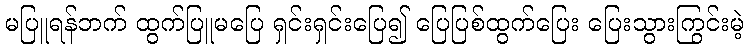
မပြူရန်ဘက် ထွက်ပြူမပြေ ရှင်းရှင်းပြေ၍ ပြေပြစ်ထွက်ပြေး ပြေးသွားကြွင်းမဲ့